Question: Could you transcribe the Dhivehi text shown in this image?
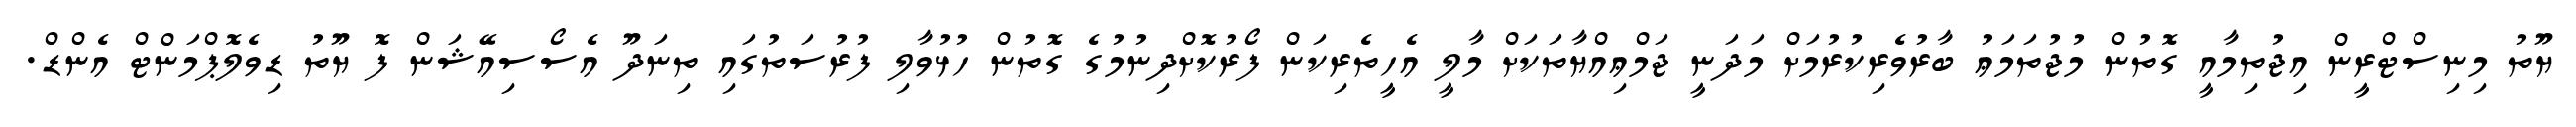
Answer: ޔޫތު މިނިސްޓްރީން އިޖުތިމާއީ ގޮތުން މުޖުތަމަޢު ބާރުވެރިކުރުމަށް މަދަނީ ޖަމްޢިއްޔާތަކަށް މާލީ އެހީތެރިކަން ފޯރުކޮށްދިނުމުގެ ގޮތުން ހުޅުވާލި ފުރުސަތުގައި ތިނަދޫ އެސޯސިއޭޝަން ފޮ ޔޫތު ޑިވެލޮޕްމަންޓް އެންޑް.